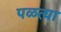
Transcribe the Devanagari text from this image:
पळत्या